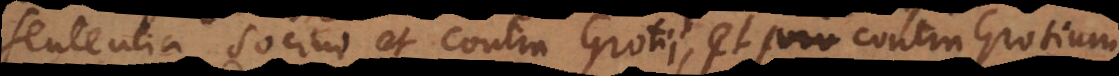
sententia Socini et contra Grotii, et contra Grotium